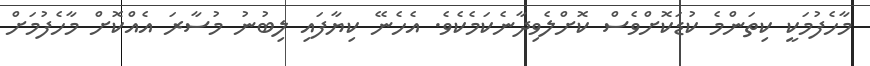
މާހެފުމަކީ ކިތަންމެ ކުޑަކޮށްވެސް ކޮށްލެވިދާނެކަމެކެވެ. އެހެނޭ ކިޔާފައި ލިބުނުު މުސާރަ އެއްކޮށް މާހެފުމަށް